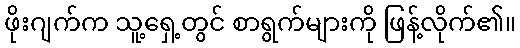
ဖိုးဂျက်က သူ့ရှေ့တွင် စာရွက်များကို ဖြန့်လိုက်၏။